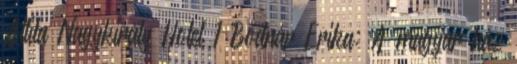
Attila Nagykirály Hotel 1 Bodnár Erika: A magyar ház